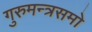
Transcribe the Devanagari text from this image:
गुरुमन्त्रसमो